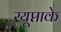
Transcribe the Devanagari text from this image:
रयूप्ताके